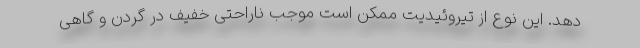
دهد. این نوع از تیروئیدیت ممکن است موجب ناراحتی خفیف در گردن و گاهی